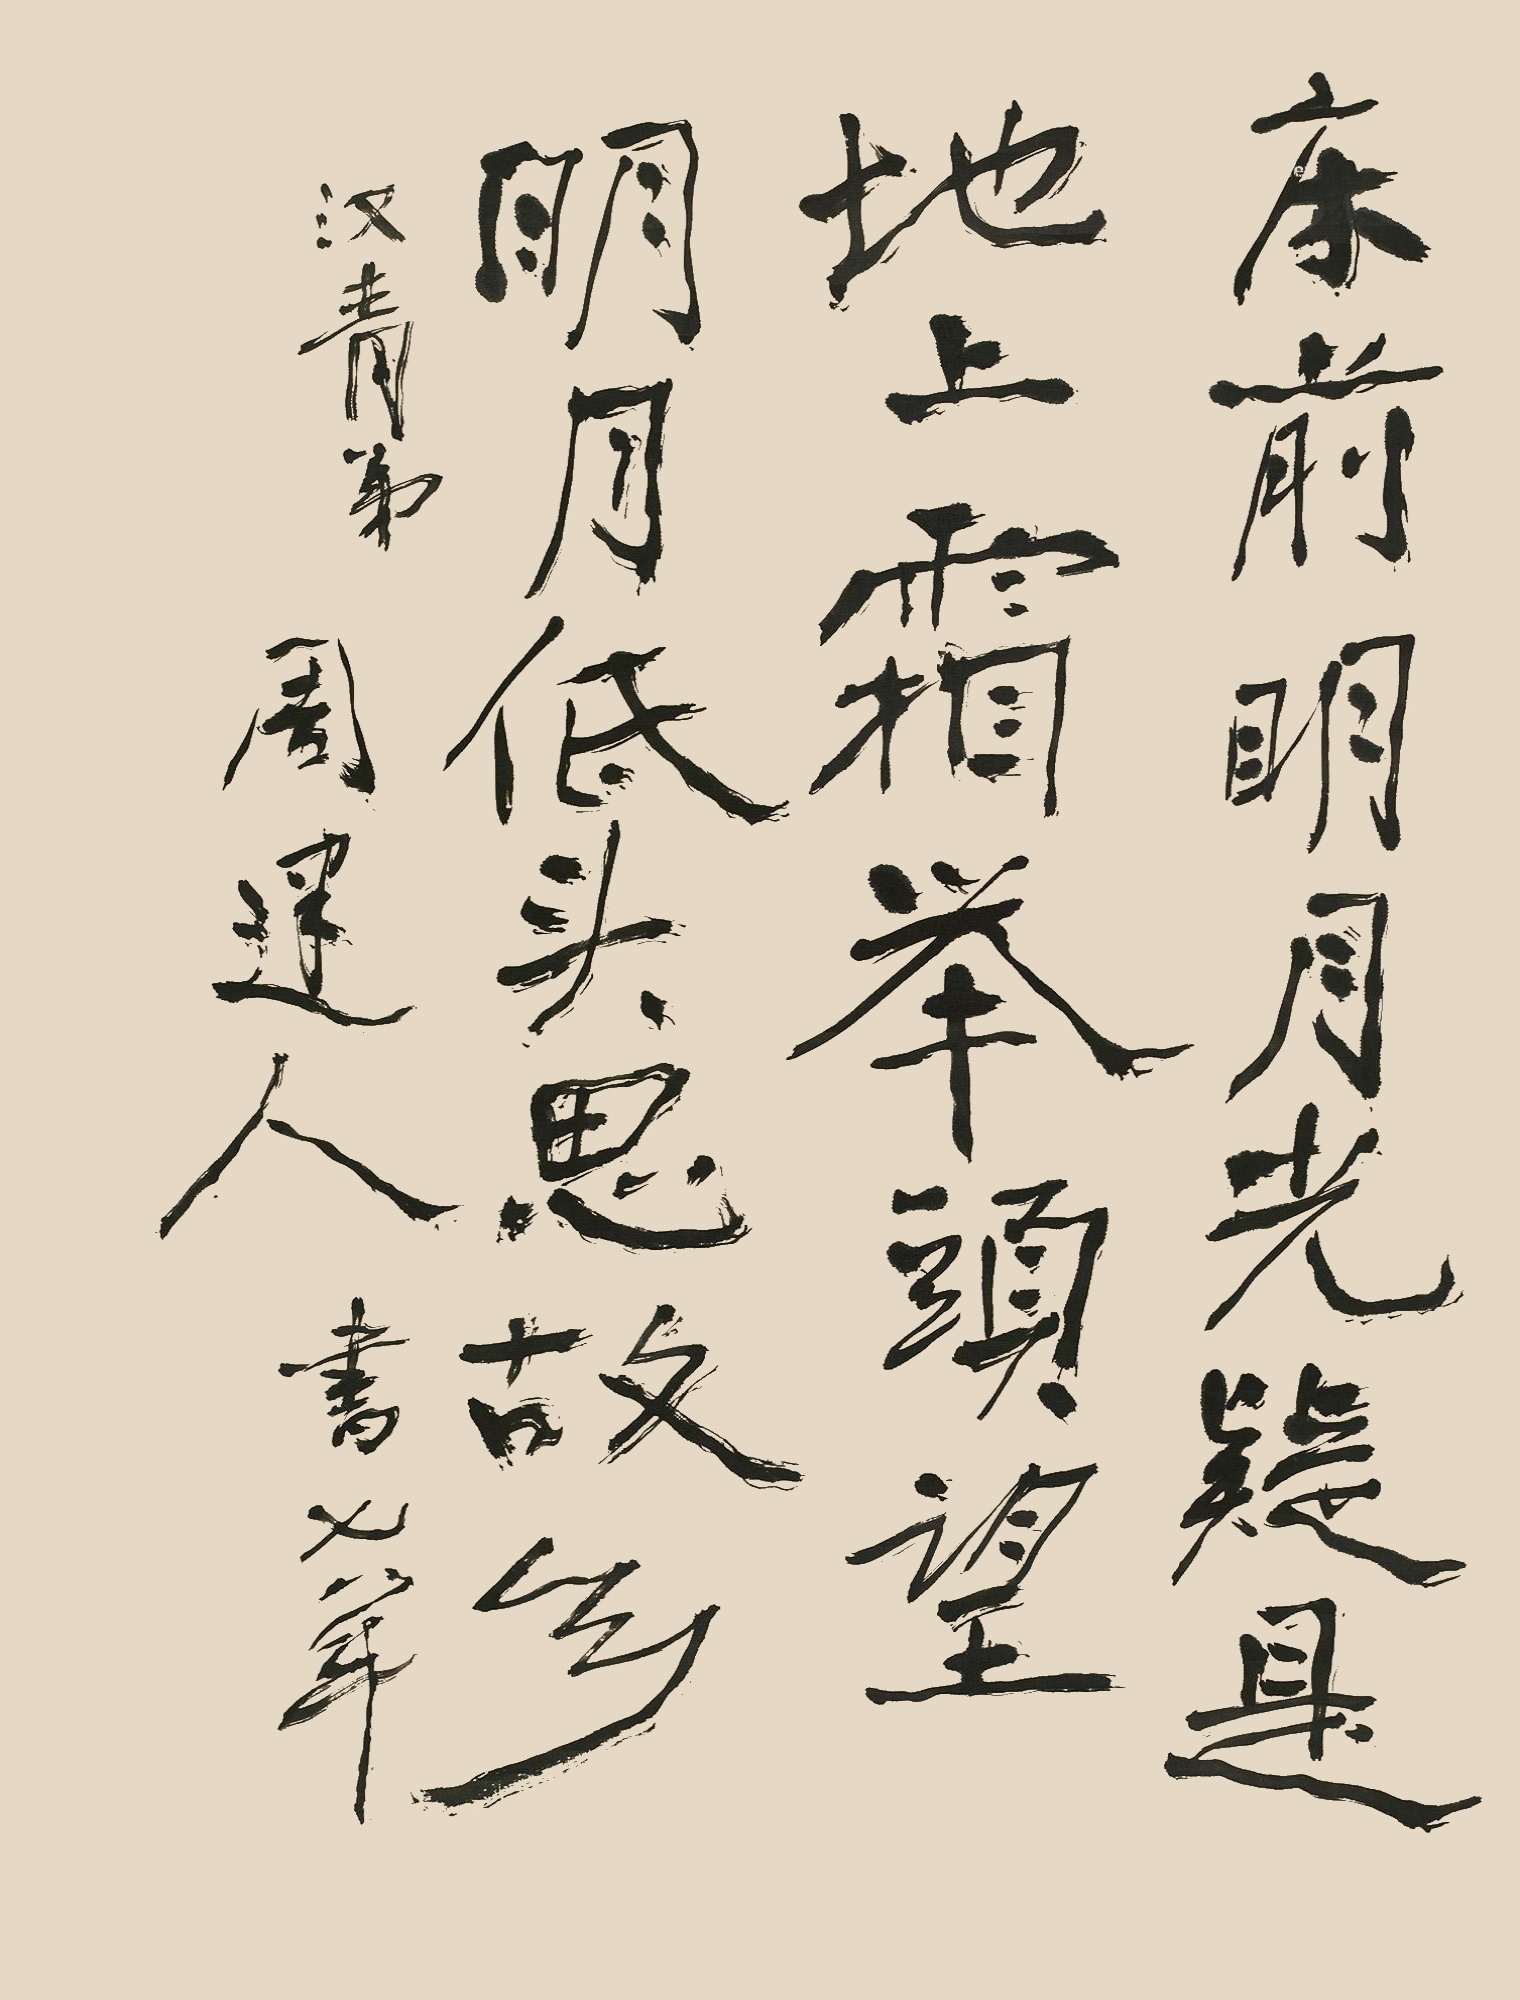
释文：床前明月光，疑是地上霜。举头望明月，低头思故乡。汉青弟，周建人书，七八年。